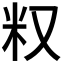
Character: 𥸩